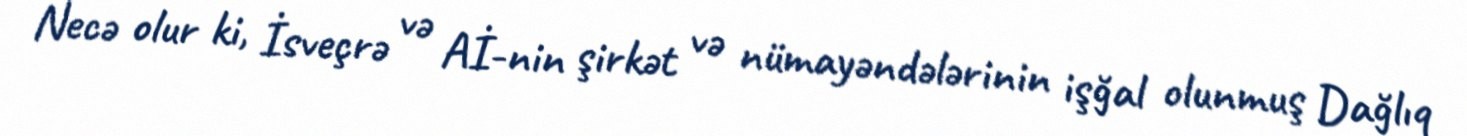
Necə olur ki, İsveçrə və Aİ-nin şirkət və nümayəndələrinin işğal olunmuş Dağlıq